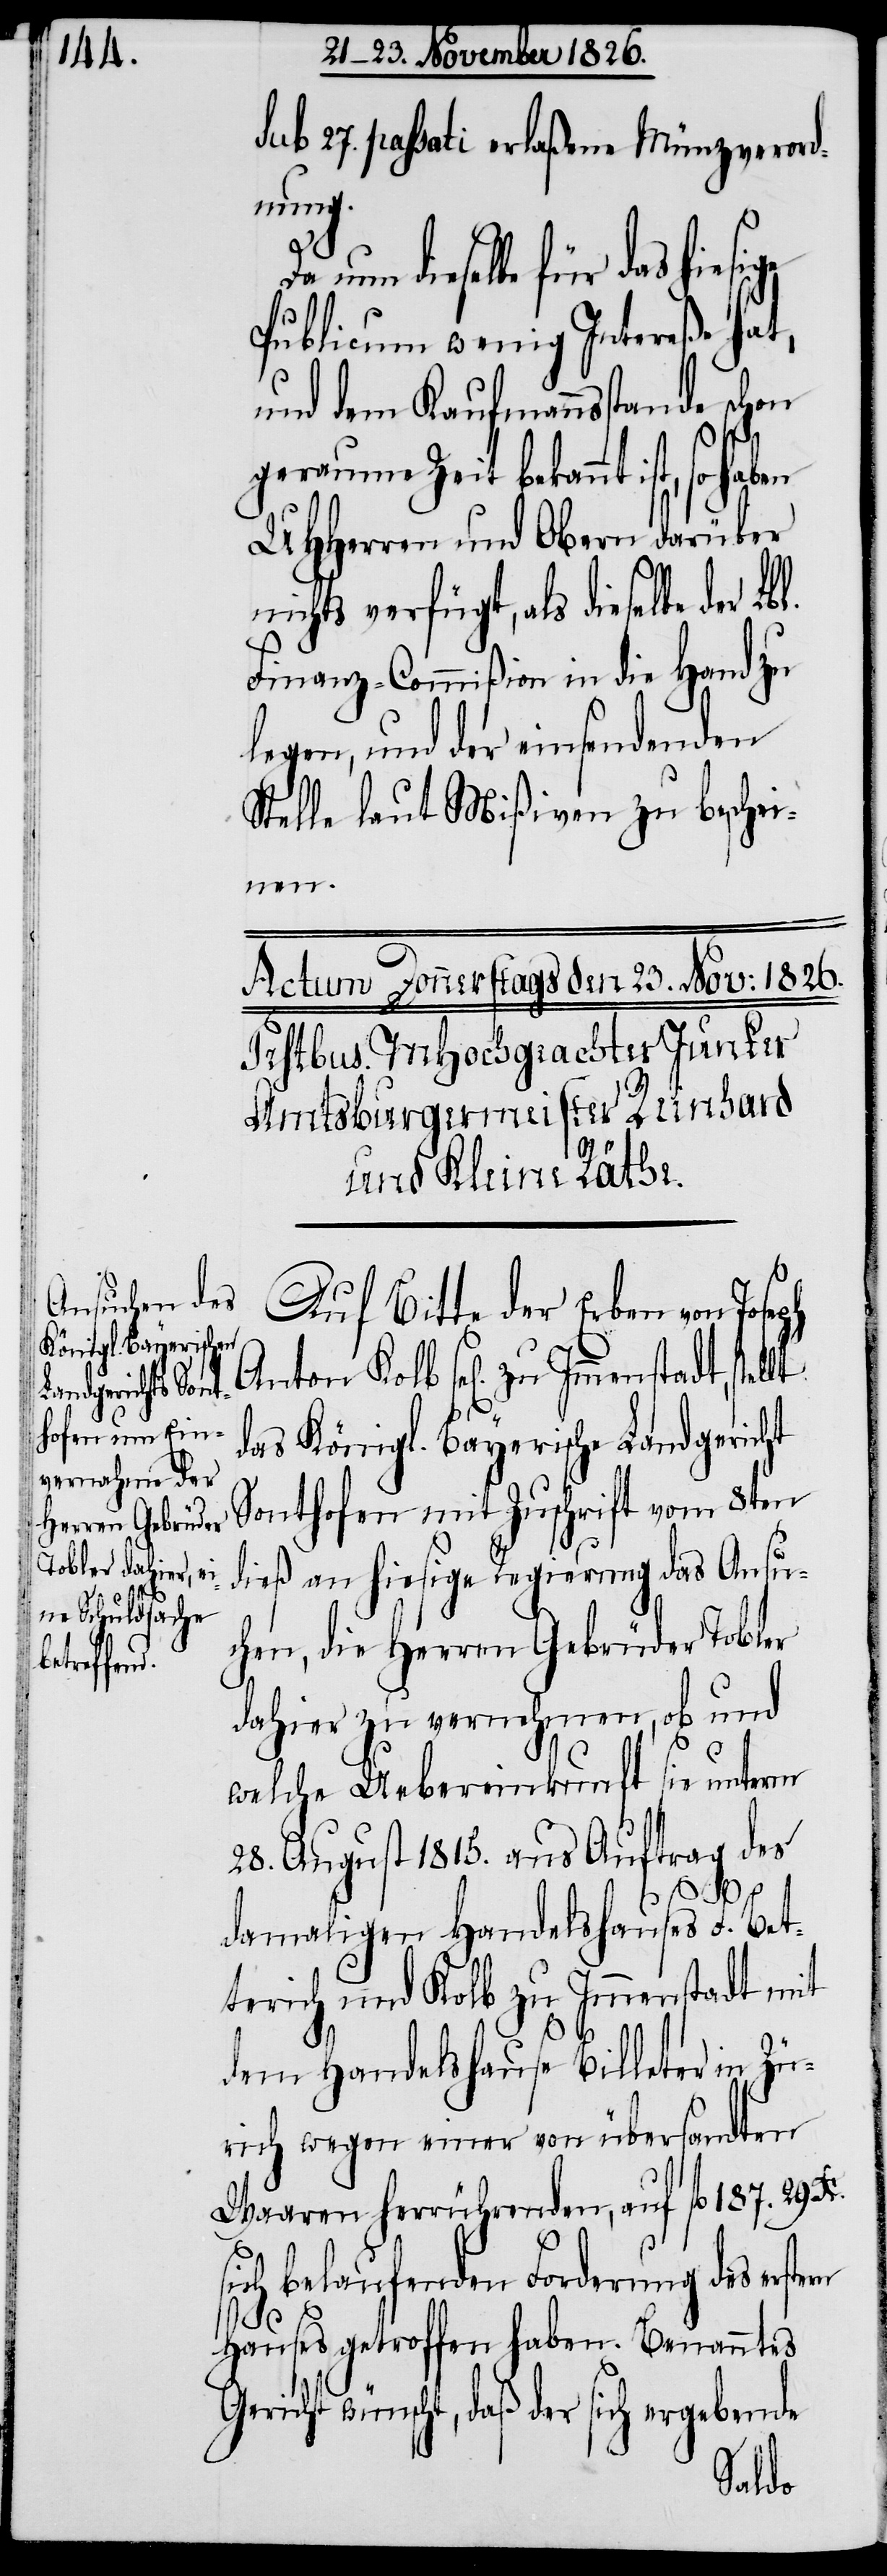
stern

sub 27. passati erlaßene Münzverord¬
sige
nun dieselbe für das hie¬
Publicum wenig Intereße hat,
und dem Kaufmannsstande schon
geraume Zeit bekannt ist, so
UHHerren und Obern darüber
nichts verfügt, als dieselbe der
Finanz-Commißion in die Hand zu
legen, und der einsendenden
Stelle laut Mißiven zu beschei¬
nen.
Auf Bitte der Erben von Joseph
Anton Kolb sel. zu Immenstadt, stellt
das Königl. Bayerische Landgericht
Sonthofen mit Zuschrift vom 8ten
dieß an hiesige Regierung das Ansu¬
chen, die Herren Gebrüder Tobler
dahier zu vernehmen, ob und
welche Uebereinkunft sie unterm
28. August 1815. aus Auftrag des
damaligen Handelshauses F. Bet¬
terich und Kolb zu Immenstadt mit
dem Handelshause Billeter in Zü¬
rich wegen einer von übersandten
Waaren herrührenden, auf fl. 187. 29 Xr.
ich belaufenden Forderung des er¬
Hauses getroffen haben. Benanntes
Gericht wünscht, daß der sich ergebende